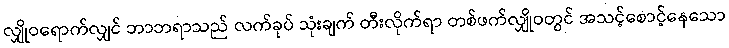
လျှိုဝရောက်လျှင် ဘာဘရာသည် လက်ခုပ် သုံးချက် တီးလိုက်ရာ တစ်ဖက်လျှိုဝတွင် အသင့်စောင့်နေသော